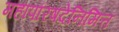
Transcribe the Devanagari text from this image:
महापरिषदेनिमित्त